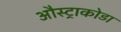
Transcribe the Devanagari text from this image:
औस्ट्राकोडा